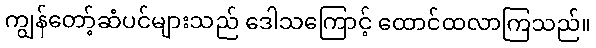
ကျွန်တော့်ဆံပင်များသည် ဒေါသကြောင့် ထောင်ထလာကြသည်။